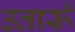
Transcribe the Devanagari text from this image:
उतारूँ